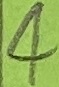
Text: 4